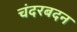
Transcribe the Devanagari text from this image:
चंदरबदन